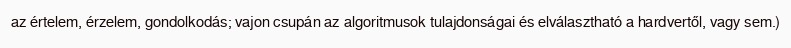
az értelem, érzelem, gondolkodás; vajon csupán az algoritmusok tulajdonságai és elválasztható a hardvertől, vagy sem.)